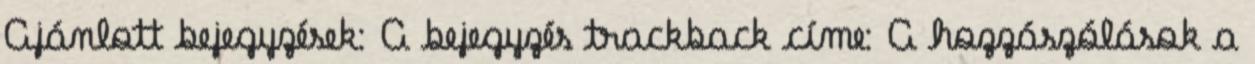
Ajánlott bejegyzések: A bejegyzés trackback címe: A hozzászólások a